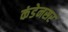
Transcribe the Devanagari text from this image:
कंडेनसर